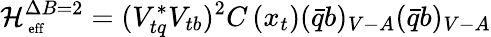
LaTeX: {\cal H}_{\mathrm{\scriptsize~eff}}^{\Delta B=2}=(V_{tq}^{*}V_{tb})^{2}C\left(x_{t}\right)(\bar{q}b)_{V-A}(\bar{q}b)_{V-A}